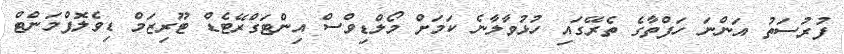
ފުރުސަތު އަންނަ ހަފްތާގެ ތެރޭގައި ހުޅުވާލާނެ ކަމަށް މޯލްޑިވްސް އިންޓަގްރޭޓެޑް ޓޫރިޒަމް ޑިވެލޮޕްމަންޓް